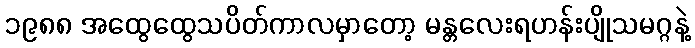
၁၉၈၈ အထွေထွေသပိတ်ကာလမှာတော့ မန္တလေးရဟန်းပျိုသမဂ္ဂနဲ့